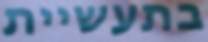
בתעשיית